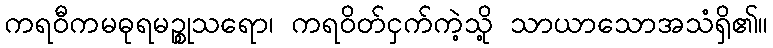
ကရဝီကမဓုရမဉ္စုသရော၊ ကရဝိတ်ငှက်ကဲ့သို့ သာယာသောအသံရှိ၏။